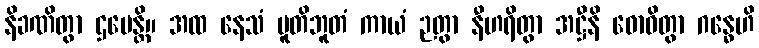
နိခဏိတွာ ဌပေန္တိ။ အထ နေသံ ပူတိဘူတံ ကာယံ ဉတွာ နီဟရိတွာ အဋ္ဌီနိ ဓောဝိတွာ ဂန္ဓေဟိ